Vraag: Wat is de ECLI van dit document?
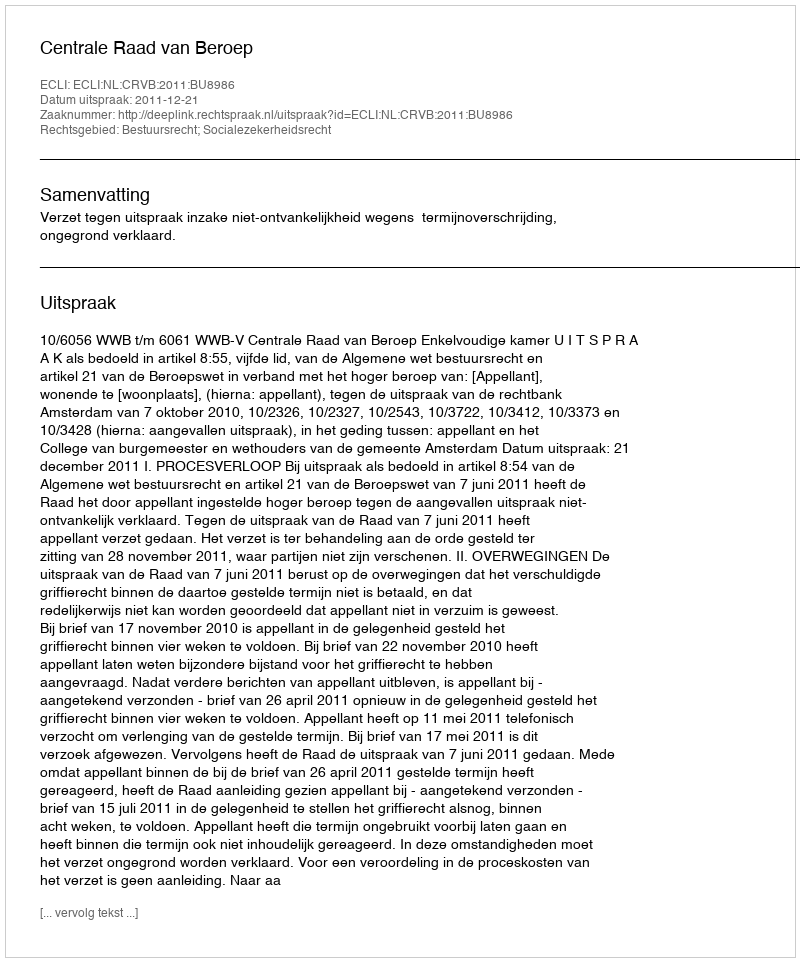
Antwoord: ECLI:NL:CRVB:2011:BU8986